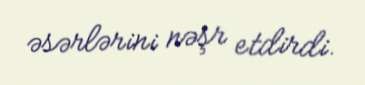
əsərlərini nəşr etdirdi.